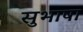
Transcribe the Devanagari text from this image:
सुभाषा